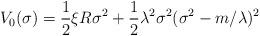
LaTeX: \begin{align*}V_0(\sigma )=\frac 12\xi R\sigma ^2+\frac 12\lambda ^2\sigma^2(\sigma ^2-m/\lambda )^2\end{align*}